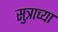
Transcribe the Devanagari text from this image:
सुत्राच्या